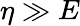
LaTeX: \eta\gg E